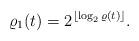
LaTeX: \begin{align*}\varrho_1(t)=2^{\lfloor\log_2\varrho(t)\rfloor}.\end{align*}